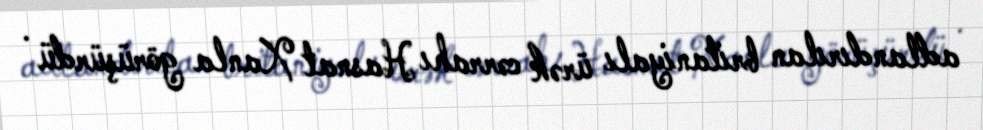
adlandırılan britaniyalı ürək cərrahı Hasnat Xanla görüşürdü .